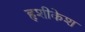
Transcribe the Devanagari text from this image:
हृशीकेश